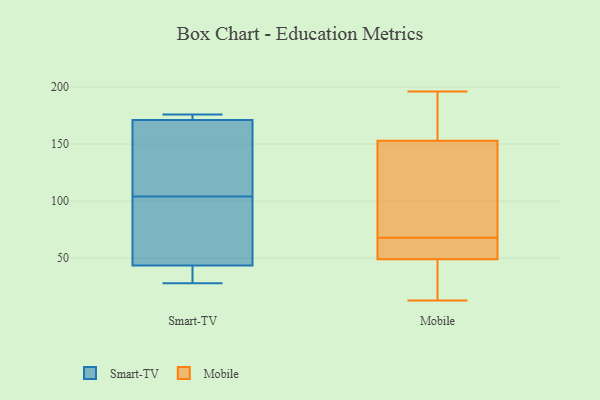
{"axis": {"x": "Budget (USD K)", "y": "Value"}, "legend": ["Mobile", "Smart-TV"], "data": [{"x": "", "y": 54, "type": "Smart-TV"}, {"x": "", "y": 55, "type": "Smart-TV"}, {"x": "", "y": 172, "type": "Smart-TV"}, {"x": "", "y": 104, "type": "Smart-TV"}, {"x": "", "y": 40, "type": "Smart-TV"}, {"x": "", "y": 176, "type": "Smart-TV"}, {"x": "", "y": 168, "type": "Smart-TV"}, {"x": "", "y": 28, "type": "Smart-TV"}, {"x": "", "y": 155, "type": "Smart-TV"}, {"x": "", "y": 33, "type": "Smart-TV"}, {"x": "", "y": 174, "type": "Smart-TV"}, {"x": "", "y": 144, "type": "Mobile"}, {"x": "", "y": 156, "type": "Mobile"}, {"x": "", "y": 68, "type": "Mobile"}, {"x": "", "y": 47, "type": "Mobile"}, {"x": "", "y": 55, "type": "Mobile"}, {"x": "", "y": 13, "type": "Mobile"}, {"x": "", "y": 134, "type": "Mobile"}, {"x": "", "y": 27, "type": "Mobile"}, {"x": "", "y": 196, "type": "Mobile"}, {"x": "", "y": 164, "type": "Mobile"}, {"x": "", "y": 65, "type": "Mobile"}]}